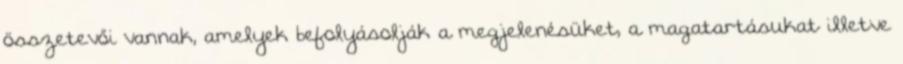
összetevői vannak, amelyek befolyásolják a megjelenésüket, a magatartásukat illetve